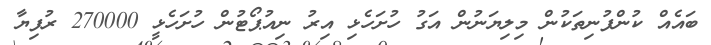
ބައެއް ކުންފުނިތަކުން މިލިޔަނުން އަގު ހުށަހެޅި އިރު ނިއުޕޯޓުން ހުށަހެޅީ 270000 ރުފިޔާ